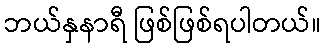
ဘယ်နှနာရီ ဖြစ်ဖြစ်ရပါတယ်။